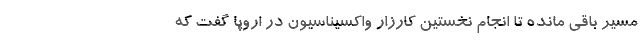
مسیر باقی مانده تا انجام نخستین کارزار واکسیناسیون در اروپا گفت که